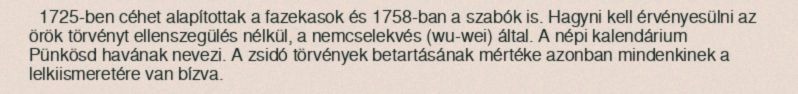
1725-ben céhet alapítottak a fazekasok és 1758-ban a szabók is. Hagyni kell érvényesülni az örök törvényt ellenszegülés nélkül, a nemcselekvés (wu-wei) által. A népi kalendárium Pünkösd havának nevezi. A zsidó törvények betartásának mértéke azonban mindenkinek a lelkiismeretére van bízva.